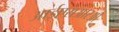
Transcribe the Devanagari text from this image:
आईएसआरओ